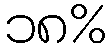
၁၈%